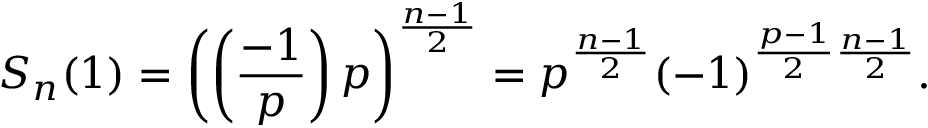
S _ { n } ( 1 ) = \left( \left( { \frac { - 1 } { p } } \right) p \right) ^ { \frac { n - 1 } { 2 } } = p ^ { \frac { n - 1 } { 2 } } ( - 1 ) ^ { { \frac { p - 1 } { 2 } } { \frac { n - 1 } { 2 } } } .